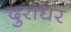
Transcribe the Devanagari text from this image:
दुराधर